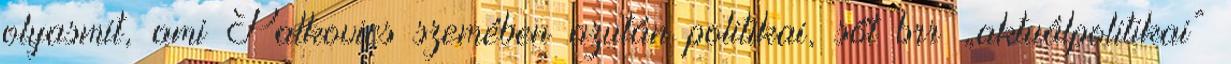
olyasmit, ami Palkovics szemében azután politikai, sőt brr „aktuálpolitikai”